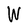
Character: W